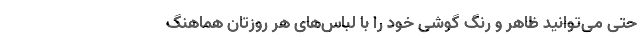
حتی می‌توانید ظاهر و رنگ گوشی خود را با لباس‌های هر روزتان هماهنگ